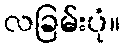
လခြမ်းပုံ။